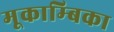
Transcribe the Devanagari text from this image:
मूकाम्‍बिका